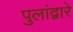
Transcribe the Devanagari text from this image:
पुलांद्वारे